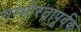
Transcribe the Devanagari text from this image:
गम्भीरतापूर्वक